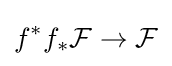
f^{*}f_{*}{\mathcal {F}}\rightarrow {\mathcal {F}}